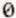
0